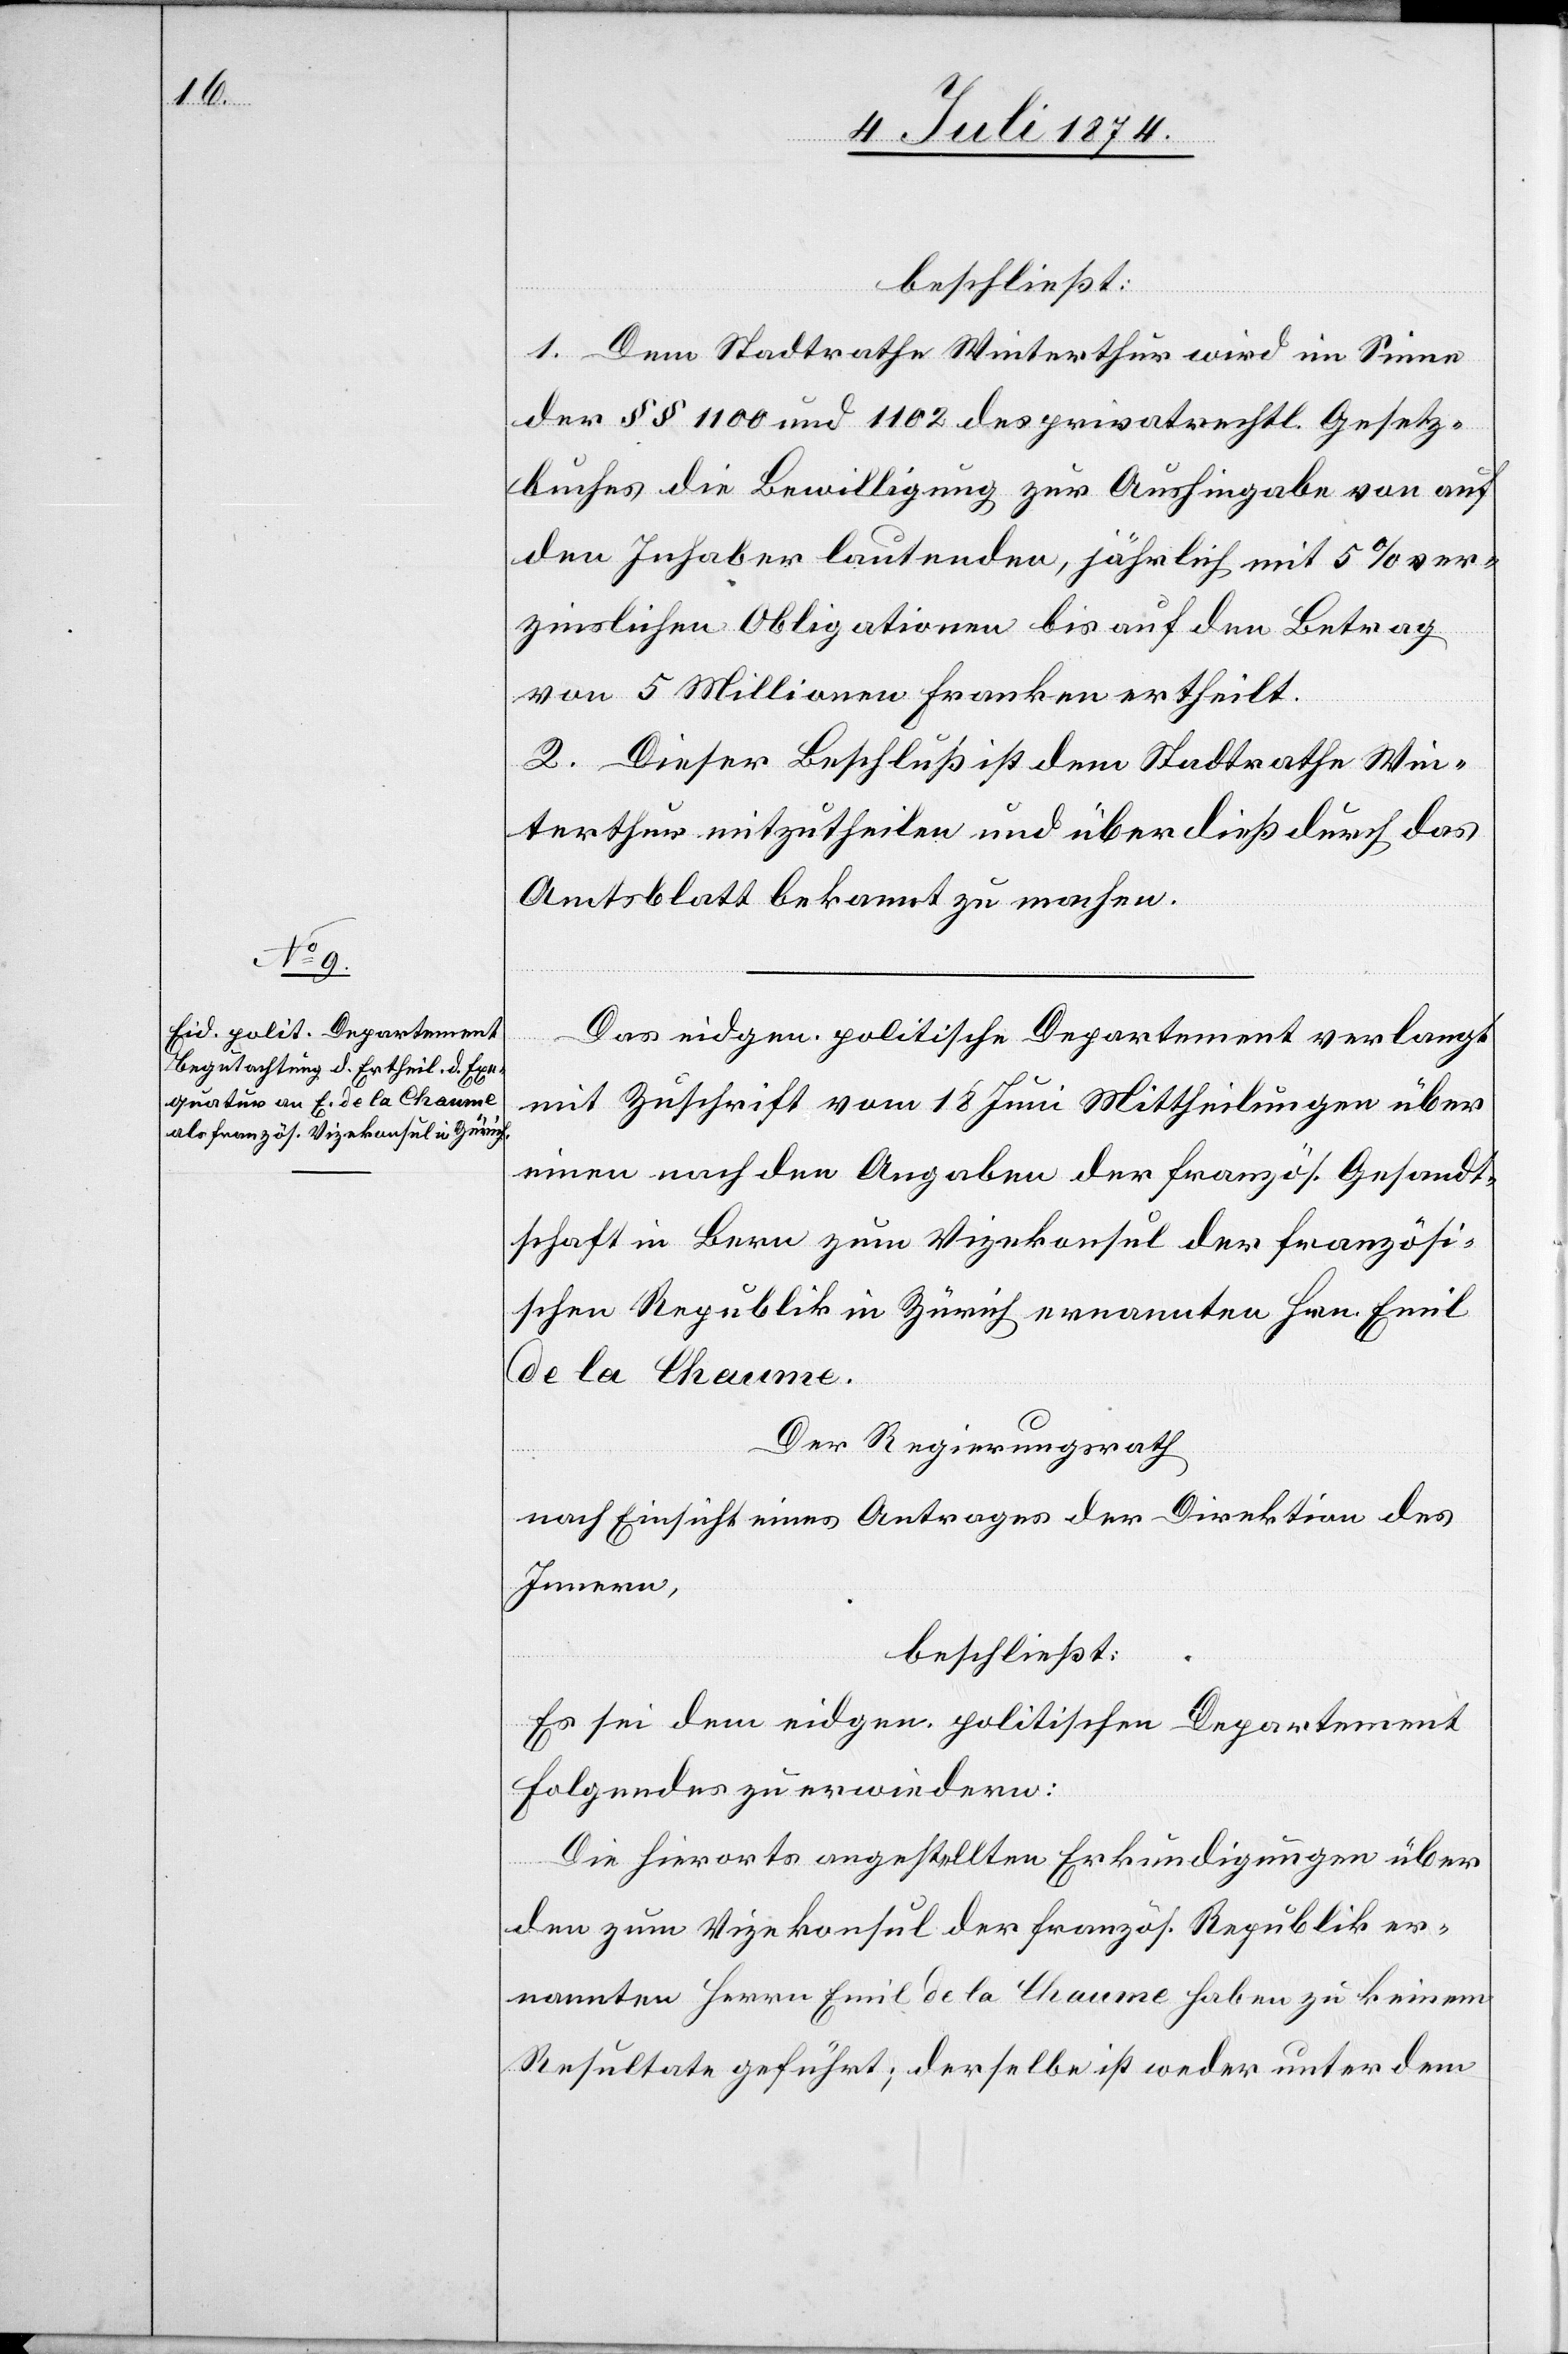
beschließt:
1. Dem Stadtrathe Winterthur wird im Sinne
der §§ 1100 und 1102 des privatrechtl. Gesetz¬
buches die Bewilligung zur Aushingabe von auf
den Inhaber lautenden, jährlich mit 5% ver¬
zinslichen Obligationen bis auf den Betrag
von 5 Millionen Franken ertheilt.
2. Dieser Beschluß ist dem Stadtrathe Win¬
terthur mitzutheilen und überdieß durch das
Amtsblatt bekannt zu machen.
Das eidgen. politische Departement verlangt
mit Zuschrift vom 18. Juni Mittheilungen über
einen nach den Angaben der französ. Gesandt¬
schaft in Bern zum Vizekonsul der französi¬
schen Republik in Zürich ernannten Hrn. Emil
de la Chaume.
Der Regierungsrath
nach Einsicht eines Antrages der Direktion des
Innern,
beschließt:
Es sei dem eidgen. politischen Departement
Folgendes zu erwiedern:
Die hierorts angestellten Erkundigungen über
den zum Vizekonsul der französ. Republik er¬
nannten Herrn Emil de la Chaume haben zu keinem
Resultate geführt; derselbe ist weder unter dem